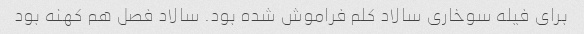
برای فیله سوخاری سالاد کلم فراموش شده بود. سالاد فصل هم کهنه بود